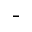
^ -